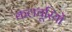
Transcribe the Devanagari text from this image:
कलचूरियों